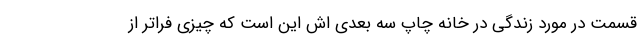
قسمت در مورد زندگی در خانه چاپ سه بعدی اش این است که چیزی فراتر از